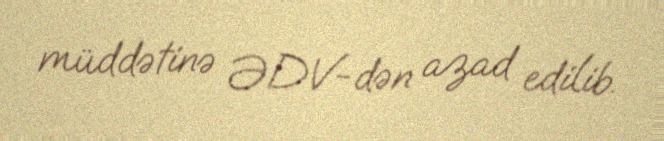
müddətinə ƏDV-dən azad edilib.